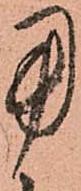
用